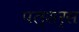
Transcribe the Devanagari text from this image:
पल्सर्स